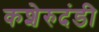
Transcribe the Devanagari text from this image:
कशेरुदंडी